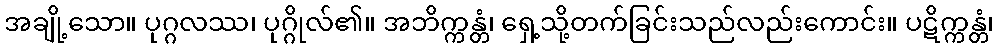
အချို့သော။ ပုဂ္ဂလဿ၊ ပုဂ္ဂိုလ်၏။ အဘိက္ကန္တံ၊ ရှေ့သို့တက်ခြင်းသည်လည်းကောင်း။ ပဋိက္ကန္တံ၊